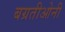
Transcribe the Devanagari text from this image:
बग्रतीओनी